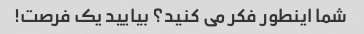
شما اینطور فکر می کنید؟ بیایید یک فرصت!